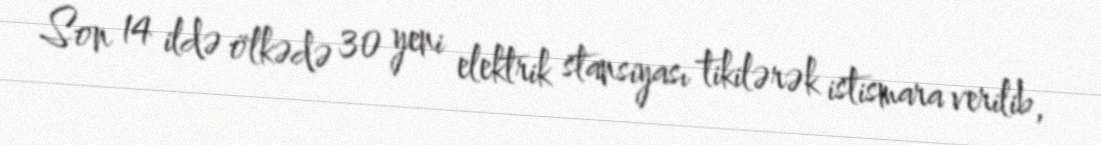
Son 14 ildə ölkədə 30 yeni elektrik stansiyası tikilərək istismara verilib,